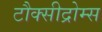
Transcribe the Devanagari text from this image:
टौक्सीद्रोम्स